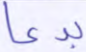
بدعا